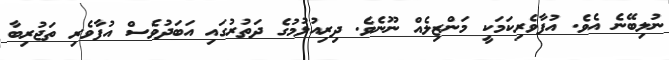
ނުލިބޭނެ އެވެ. އުފާވެރިކަމަކީ މަންޒިލެއް ނޫނެވެ. ދިރިއުޅުމުގެ ދަތުރުގައި އަބަދުވެސް އުފާވެރި ތަޖުރިބާ